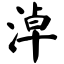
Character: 淖